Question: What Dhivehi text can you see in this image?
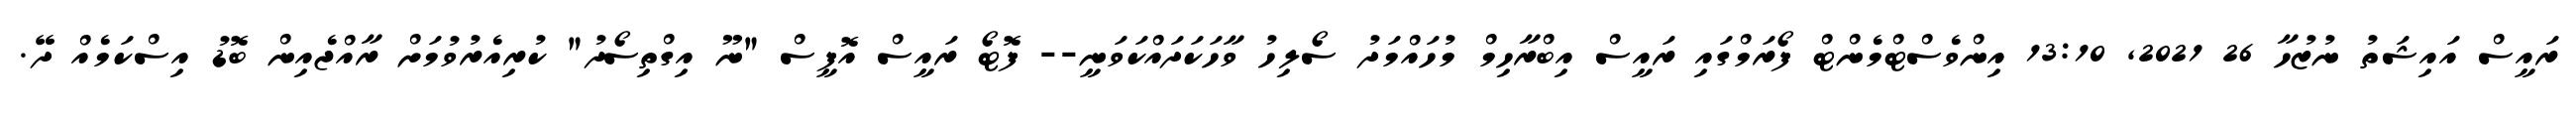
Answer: ރައީސް އައިޝަތު ނުޒުހާ 26 2021, 13:10 އިންވެސްޓްމެންޓް ފޯރަމްގައި ރައީސް އިބްރާހިމް މުހައްމަދު ސޯލިހު ވާހަކަދައްކަވަނީ-- ފޮޓޯ ރައީސް އޮފީސް "ނޫ އިގްތިސޯދު" ކުރިއެރުވުމަށް ރާއްޖެއިން ބޮޑު އިސްކަމެއް ދޭ.